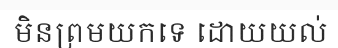
មិនព្រមយកទេ ដោយយល់